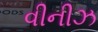
વીનીઝ